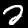
Label: 2